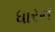
ધારન